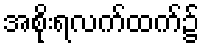
အစိုးရလက်ထက်၌